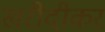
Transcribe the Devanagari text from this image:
खरीदीकर